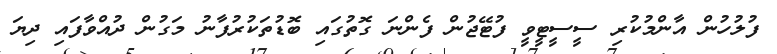
ފުލުހުން އާންމުކުރި ސީސީޓީވީ ފުޓޭޖުން ފެންނަ ގޮތުގައި ބޮޑުތަކުރުފާނު މަގުން ދުއްވާފައި ދިޔަ